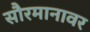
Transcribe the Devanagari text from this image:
सौरमानावर